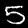
Digit: 5